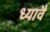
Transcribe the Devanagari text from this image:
ध्यावै